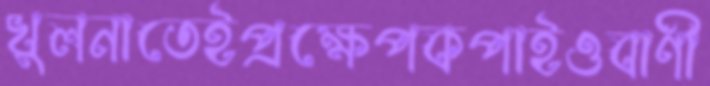
খুলনাতেইপ্রক্ষেপকপাইওবাণী